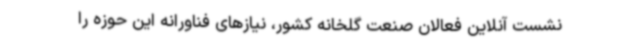
نشست آنلاین فعالان صنعت گلخانه کشور، نیازهای فناورانه این حوزه را